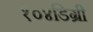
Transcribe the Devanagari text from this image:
१०४डिग्री